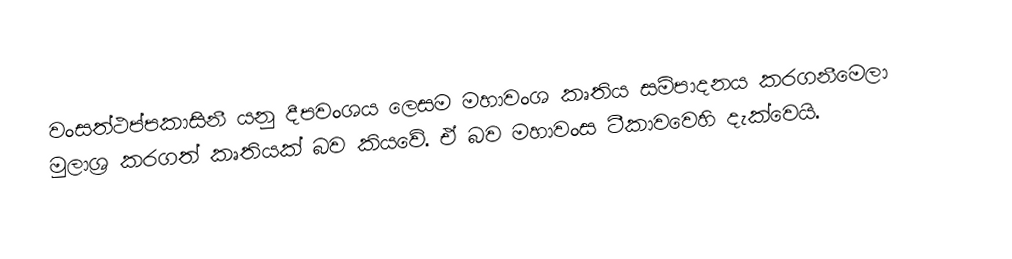
වංසත්ථප්පකාසිනී යනු  දීපවංශය ලෙසම මහාවංශ කෘතිය සම්පාදනය කරගනීමෙලා මුලාශ්‍ර කරගත් කෘතියක් බව කියවේ. ඒ බව මහාවංස ටීකාවවෙහි  දැක්වෙයි.